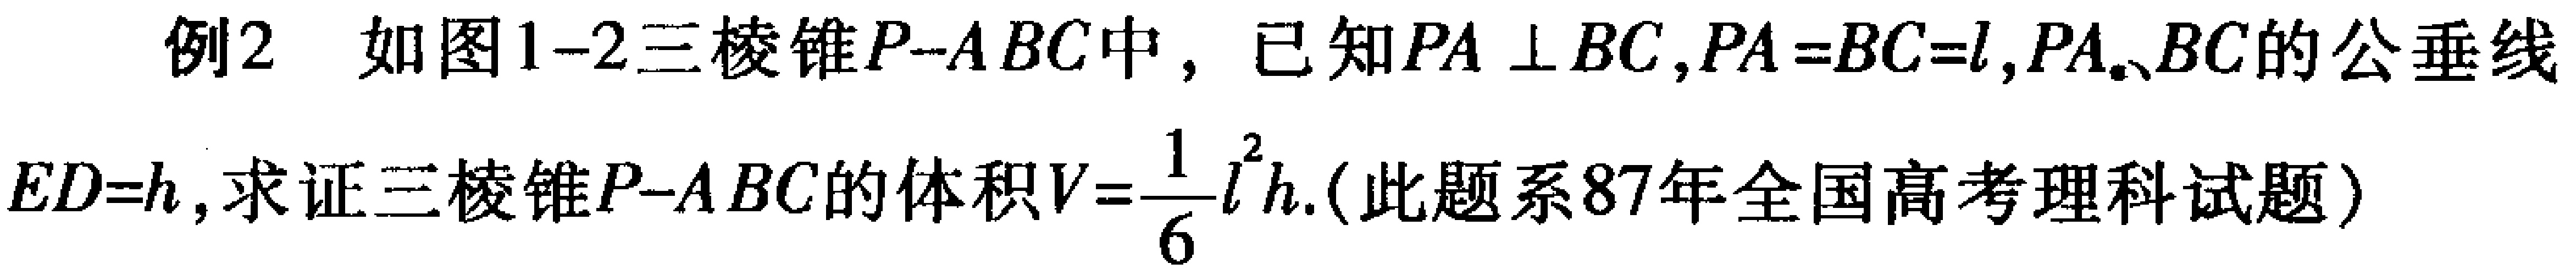
例2 如图1-2三棱锥\(P - ABC\)中，已知\(PA\perp BC\)，\(PA = BC = l\)，\(PA\)、\(BC\)的公垂线\(ED = h\)，求证三棱锥\(P - ABC\)的体积\(V=\frac{1}{6}l^{2}h\).（此题系87年全国高考理科试题）